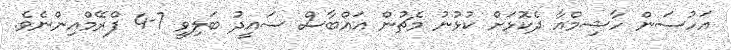
އަހުސަން ހާޝިމްއާ ދެކޮޅަށް ކުޅުނު މެޗުން އައްބާސް ސައީދު ބަލިވީ 7-4 ފްރޭމްއިންނެވެ.